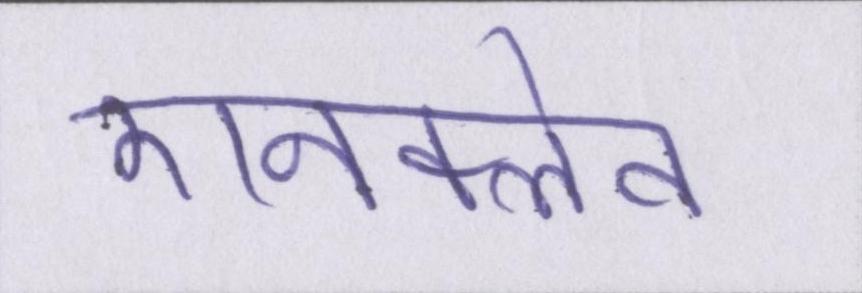
एनक्लेव